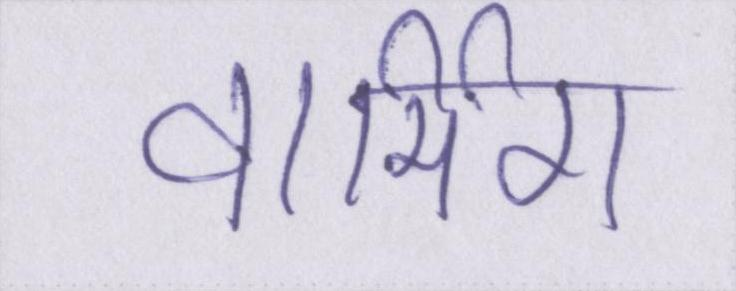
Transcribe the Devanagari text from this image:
वार्मिग